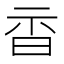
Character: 𣆇